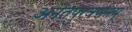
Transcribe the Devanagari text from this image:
अनंतपुरवर्णनम्